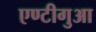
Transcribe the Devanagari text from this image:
एण्टीगुआ